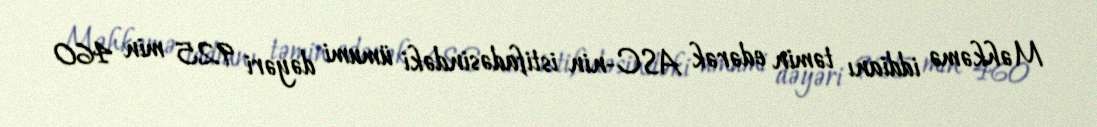
Məhkəmə iddianı təmin edərək ASC-nin istifadəsindəki ümumi dəyəri 925 min 460